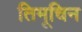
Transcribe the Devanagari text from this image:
तिमूचिन